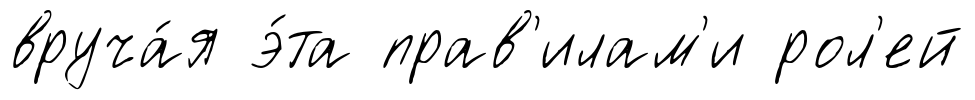
вруча́я э́та прав'илам'и рол'ей